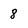
Character: 8